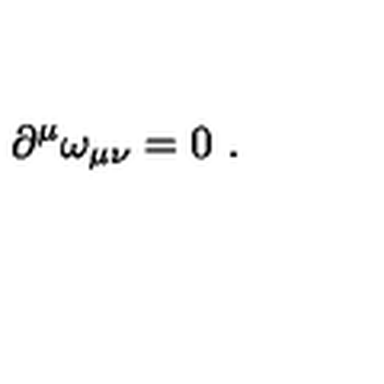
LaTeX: \partial ^ { \mu } \omega _ { \mu \nu } = 0 \ .